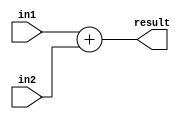
module adder(
    input[31:0] in1, in2,
    output[31:0] result
);
    assign result = in1 + in2 ;
endmodule